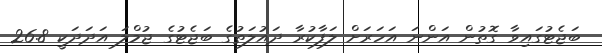
ބަޖެޓުގައިވާ ގޮތުން އަންނަ އަހަރަށް ލަފާކުރާ ދައުލަތުގެ ބަޖެޓުގެ ޖުމްލަ އަދަދަކީ 26.8